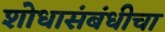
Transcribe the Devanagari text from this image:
शोधासंबंधीचा